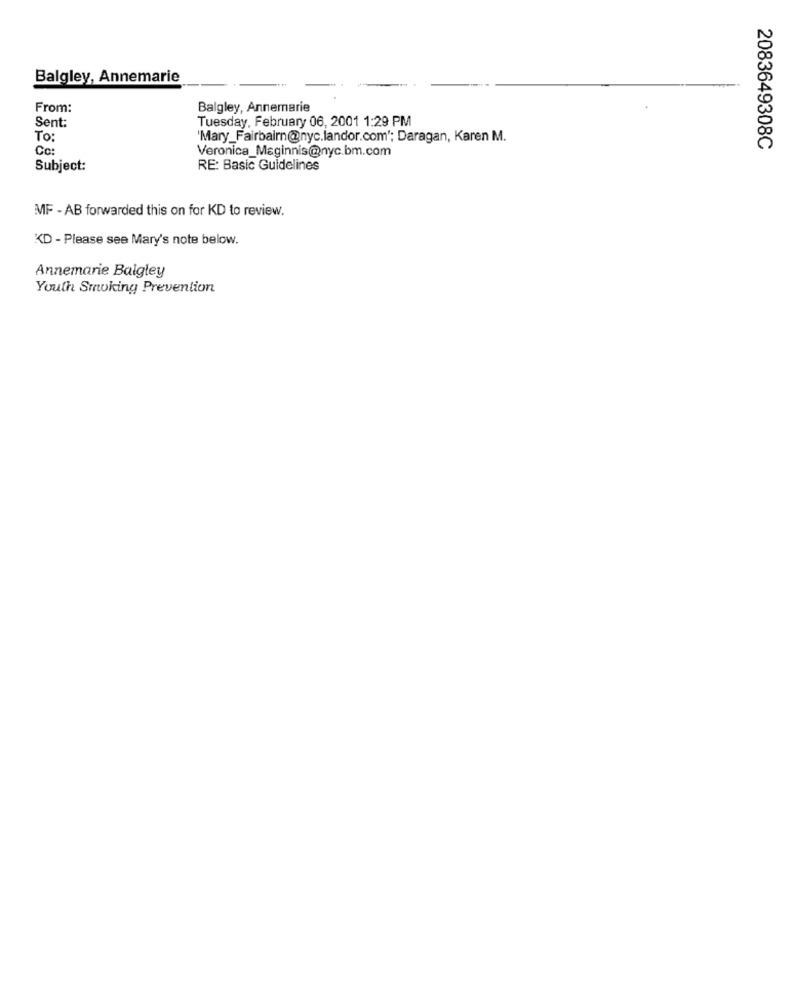
Balgley, Annemarie
From:
Balgley, Annemarie
Sent:
Tuesday, February 06, 2001 1:29 PM
To:
'Mary_Fairbairn@nyc.landor.com'; Daragan, Karen M.
Co
Veronica_Maginnis@nyc.bm.com
2083649308C
Subject:
RE: Basic Guidelines
MF - AB forwarded this on for KD to review.
KD - Please see Mary's note below.
Annemarie Balgley
Youth Smoking Prevention